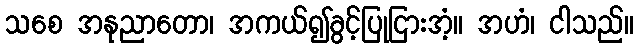
သစေ အနုညာတော၊ အကယ်၍ခွင့်ပြုငြားအံ့။ အဟံ၊ ငါသည်။